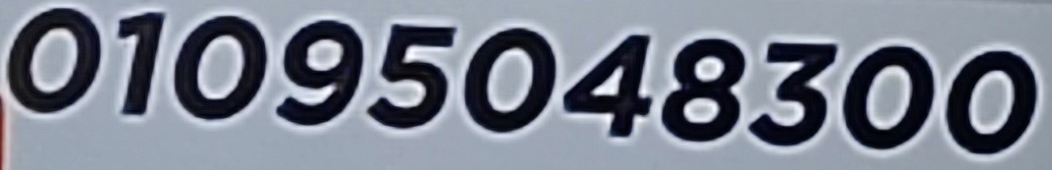
01095048300